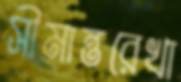
সীমান্তরেখা